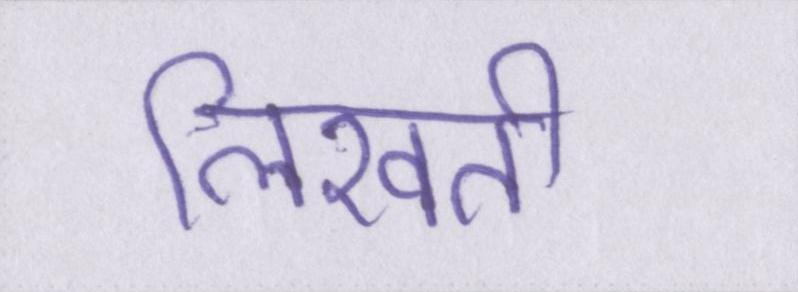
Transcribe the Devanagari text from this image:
लिखती